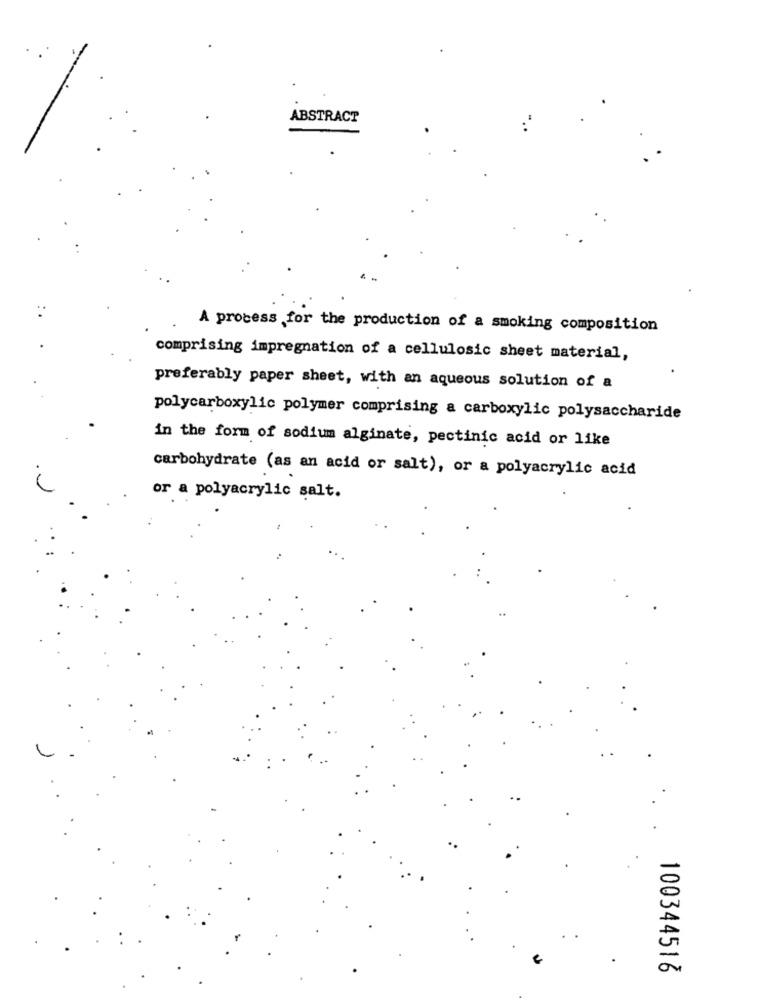
ABSTRACT
A process ,for the production of a smoking composition
comprising impregnation of a cellulosic sheet material,
preferably paper sheet, with an aqueous solution of a
polycarboxylic polymer comprising a carboxylic polysaccharide
in the form of sodium alginate, pectinic acid or like
carbohydrate (as an acid or salt), or a polyacrylic acid
or a polyacrylic salt.
100344516